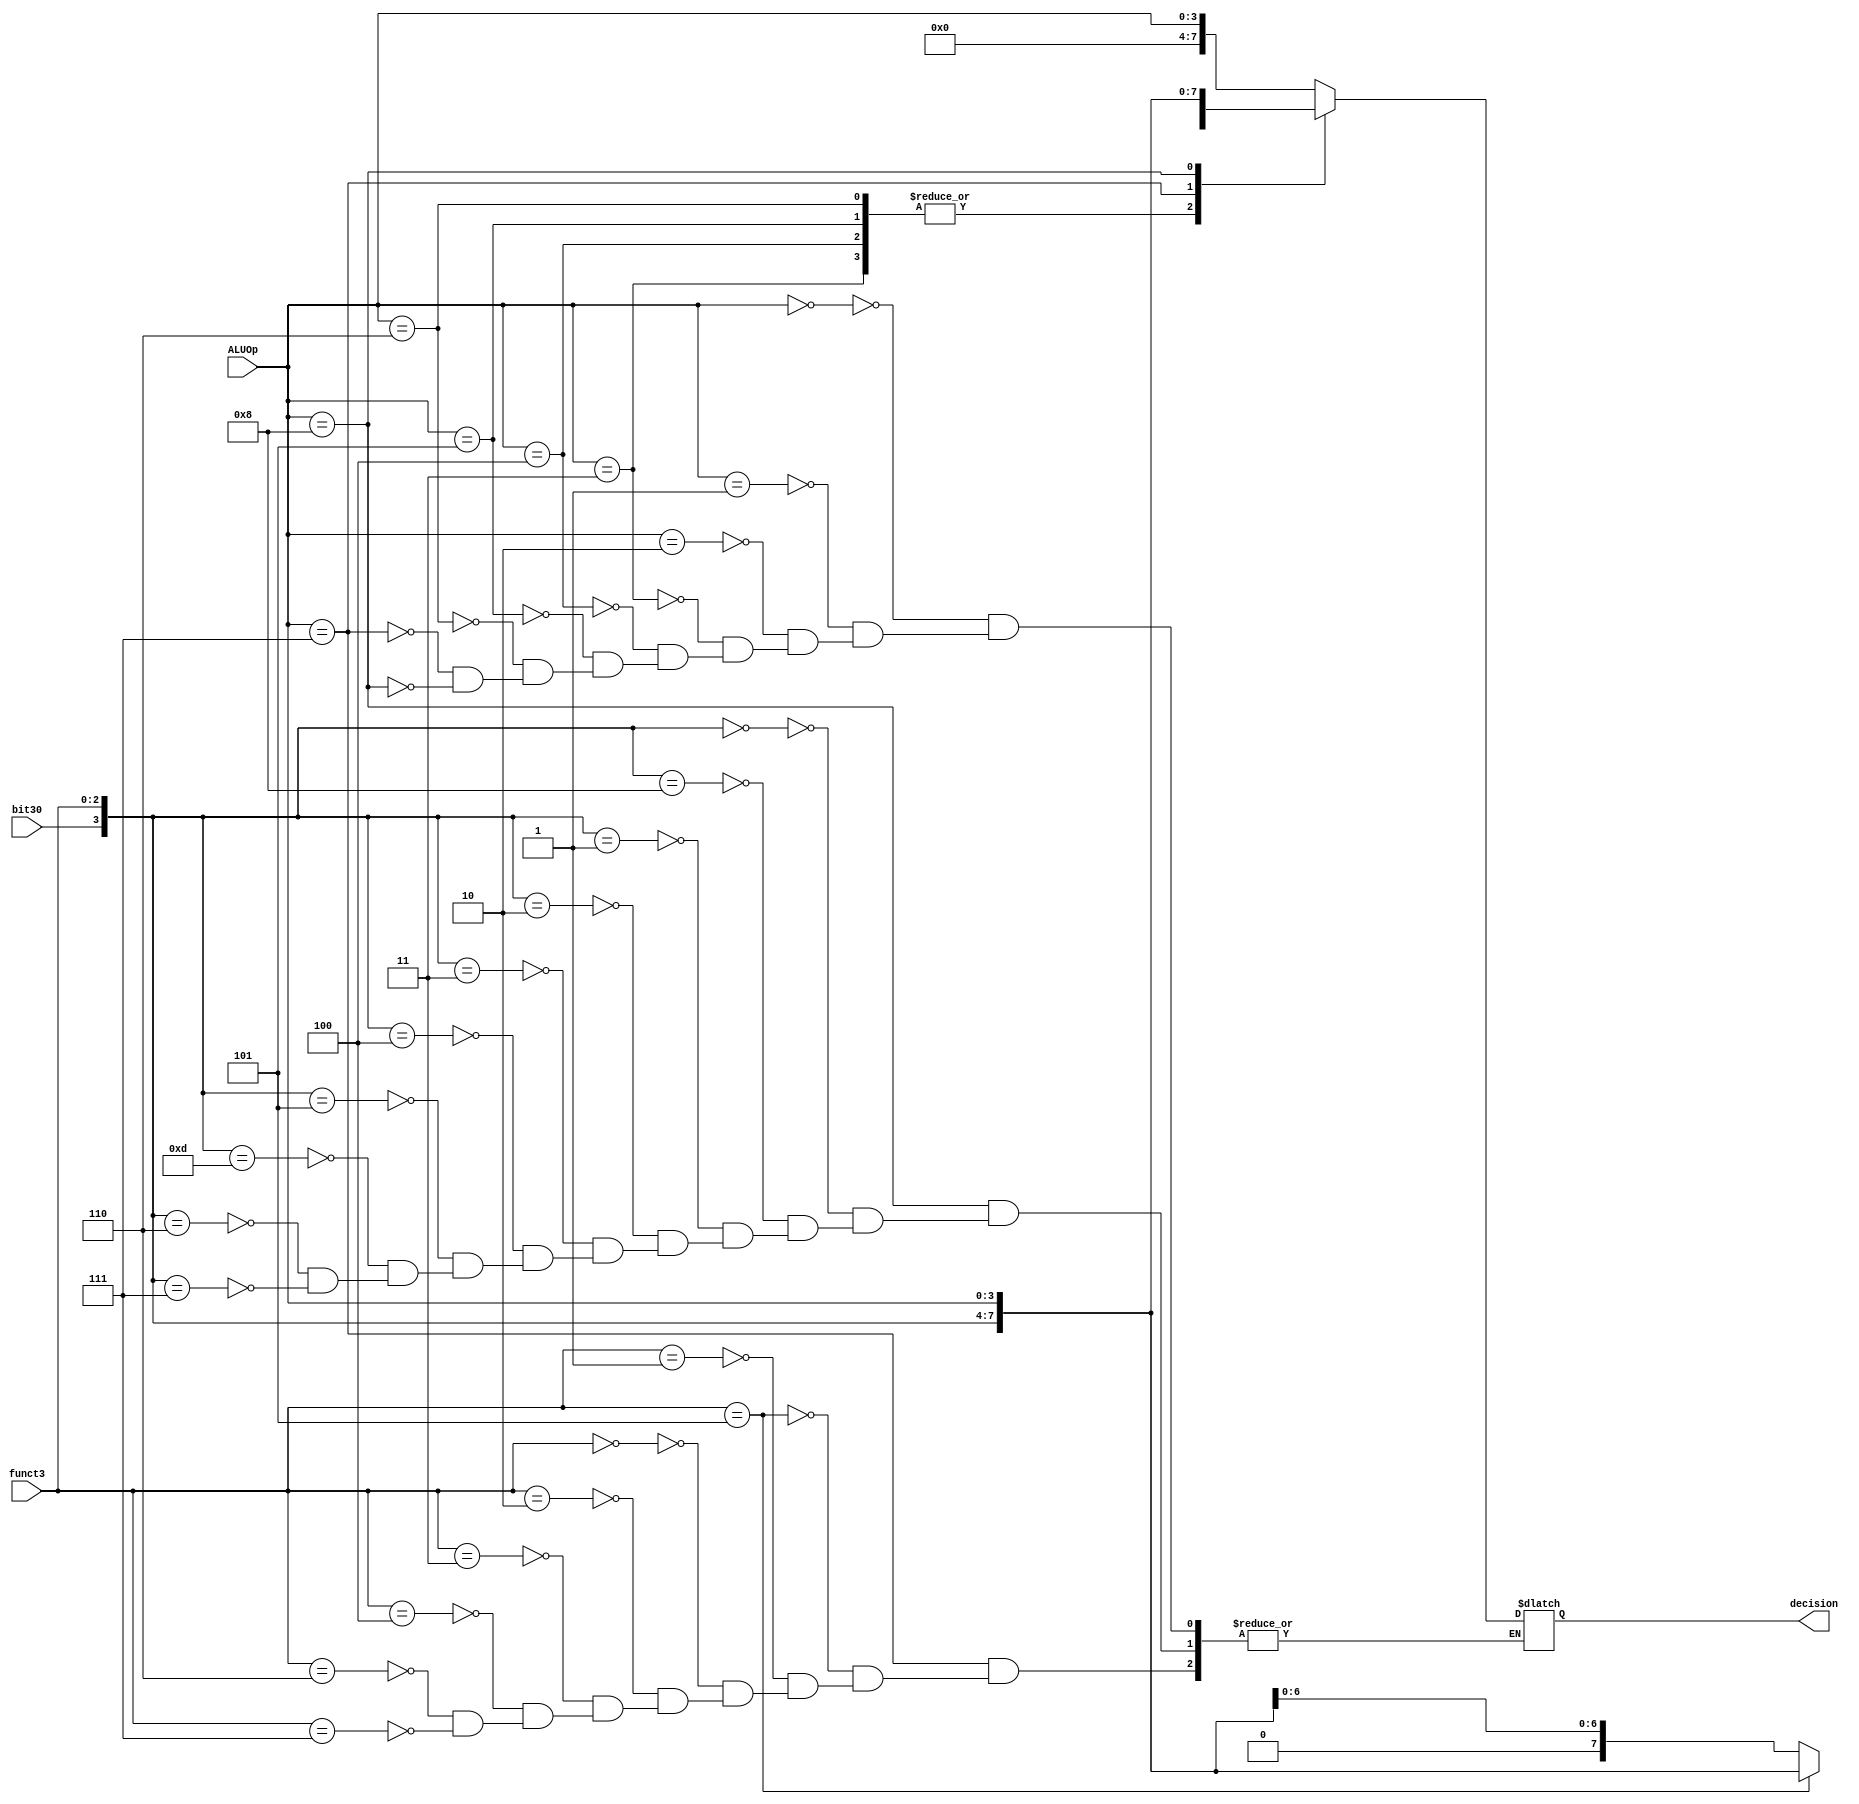
`timescale 1ns / 1ps

module ALUControl
    (
    input [3:0] ALUOp,
    input [2:0] funct3,
    input bit30,
    
    output reg [7:0] decision
    );
    
    localparam [3:0] LUI    = 4'b0000;      // 0000
    localparam [3:0] AUIPC  = 4'b0001;      // 0001 
    localparam [3:0] JAL    = 4'b0010;      // 0010
    localparam [3:0] JALR   = 4'b0011;      // 0011
    
    localparam [3:0] groupA = 4'b0100;      // 0100
        localparam [2:0] BEQ  = 3'b000;
        localparam [2:0] BNE  = 3'b001;
        localparam [2:0] BLT  = 3'b100;
        localparam [2:0] BGE  = 3'b101;
        localparam [2:0] BLTU = 3'b110;
        localparam [2:0] BGEU = 3'b111;
    
    localparam [3:0] groupB = 4'b0101;      // 0101
        localparam [2:0] LB  = 3'b000;
        localparam [2:0] LH  = 3'b001;
        localparam [2:0] LW  = 3'b010;
        localparam [2:0] LBU = 3'b100;
        localparam [2:0] LHU = 3'b101;
    
    localparam [3:0] groupC = 4'b0110;      // 0110
        localparam [2:0] SB = 3'b000;
        localparam [2:0] SH = 3'b001;
        localparam [2:0] SW = 3'b010;
        
    localparam [3:0] groupD = 4'b0111;      // 0111
        localparam [2:0] ADDI  = 3'b000; 
        localparam [2:0] SLTI  = 3'b010;
        localparam [2:0] SLTIU = 3'b011;
        localparam [2:0] XORI  = 3'b100;
        localparam [2:0] ORI   = 3'b110;
        localparam [2:0] ANDI  = 3'b111;
        localparam [2:0] SLLI  = 3'b001;
        localparam [2:0] SRLI  = 3'b101;
        localparam [2:0] SRAI  = 3'b101;
        
    localparam [3:0] groupE = 4'b1000;      // 1000
        localparam [3:0] ADD  = 4'b0000;                                        
        localparam [3:0] SUB  = 4'b1000;
        localparam [3:0] SLL  = 4'b0001;
        localparam [3:0] SLT  = 4'b0010;
        localparam [3:0] SLTU = 4'b0011;
        localparam [3:0] XOR  = 4'b0100;
        localparam [3:0] SRL  = 4'b0101;
        localparam [3:0] SRA  = 4'b1101;
        localparam [3:0] OR   = 4'b0110;
        localparam [3:0] AND  = 4'b0111;
    
    localparam [3:0] FENCE  = 4'b1001;      // 1001
    
    localparam [3:0] groupF = 4'b1010;      // 1010
    
    always@(*)
        begin
        case(ALUOp)
           LUI:
                begin
                decision <= {4'b0000,ALUOp};
                end
           AUIPC:
                begin
                decision <= {4'b0000,ALUOp};
                end
           JAL:
                begin
                decision <= {4'b0000,ALUOp};
                end
           JALR:
                begin
                decision <= {1'b0,funct3,ALUOp};
                end
           groupA:
                begin
                decision <= {1'b0,funct3,ALUOp};
                end
           groupB:
                begin
                decision <= {1'b0,funct3,ALUOp};
                end
           groupC:
                begin
                decision <= {1'b0,funct3,ALUOp};
                end
           groupD:
                begin
                if(funct3 == 3'b101)
                    begin
                    if(bit30)
                        begin
                        decision <= {bit30,funct3,ALUOp};
                        end
                    else 
                        begin
                        decision <= {bit30,funct3,ALUOp};
                        end
                    end
                else if(funct3 == 3'b001)
                    begin
                    decision <= {1'b0,funct3,ALUOp};
                    end
                else
                    begin    
                    case(funct3)
                        ADDI:
                            begin
                            decision <= {1'b0,funct3,ALUOp};
                            end           
                        SLTI:             
                            begin         
                            decision <= {1'b0,funct3,ALUOp};
                            end           
                        SLTIU:            
                            begin         
                            decision <= {1'b0,funct3,ALUOp};
                            end           
                        XORI:             
                            begin         
                            decision <= {1'b0,funct3,ALUOp};
                            end           
                        ORI:              
                            begin         
                            decision <= {1'b0,funct3,ALUOp};
                            end           
                        ANDI:             
                            begin         
                            decision <= {1'b0,funct3,ALUOp};
                            end
                    endcase
                    end
                end
           groupE:
                begin
                case({bit30,funct3})
                    ADD:
                        begin
                        decision <= {bit30,funct3,ALUOp};
                        end
                    SUB:
                        begin
                        decision <= {bit30,funct3,ALUOp};
                        end
                    SLL:
                        begin
                        decision <= {bit30,funct3,ALUOp};
                        end
                    SLT:
                        begin
                        decision <= {bit30,funct3,ALUOp};
                        end
                    SLTU:
                        begin
                        decision <= {bit30,funct3,ALUOp};
                        end
                    XOR:
                        begin
                        decision <= {bit30,funct3,ALUOp};
                        end
                    SRL:
                        begin
                        decision <= {bit30,funct3,ALUOp};
                        end
                    SRA:
                        begin
                        decision <= {bit30,funct3,ALUOp};
                        end
                    OR:
                        begin
                        decision <= {bit30,funct3,ALUOp};
                        end
                    AND:
                        begin
                        decision <= {bit30,funct3,ALUOp};
                        end
                endcase
                end
           FENCE:
                begin
                end
           groupF:
                begin
                end
        endcase
        end
endmodule